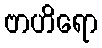
ဗာဟိရော